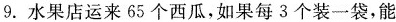
9. 水果店运来65个西瓜，如果每3个装一袋，能